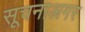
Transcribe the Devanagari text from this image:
सूचनाअगर